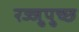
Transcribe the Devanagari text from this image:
रज्जुपुच्छ